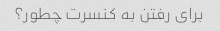
برای رفتن به کنسرت چطور؟